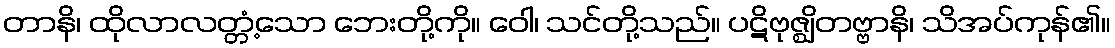
တာနိ၊ ထိုလာလတ္တံ့သော ဘေးတို့ကို။ ဝေါ၊ သင်တို့သည်။ ပဋိဗုဇ္ဈိတဗ္ဗာနိ၊ သိအပ်ကုန်၏။